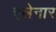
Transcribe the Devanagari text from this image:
एलेनार